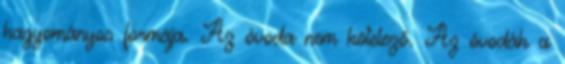
hagyományos formája. Az óvoda nem kötelező. Az óvodák a